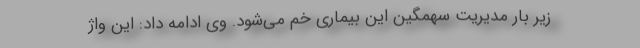
زیر بار مدیریت سهمگین این بیماری خم می‌شود. وی ادامه داد: این واژ